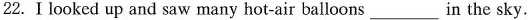
22.Ⅰlooked up and saw many hot-air balloons___in the sky.